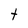
Character: t